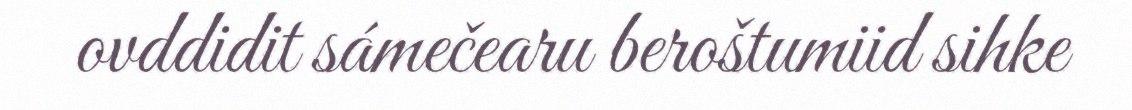
ovddidit sámečearu beroštumiid sihke